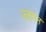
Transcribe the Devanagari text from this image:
उंटगन